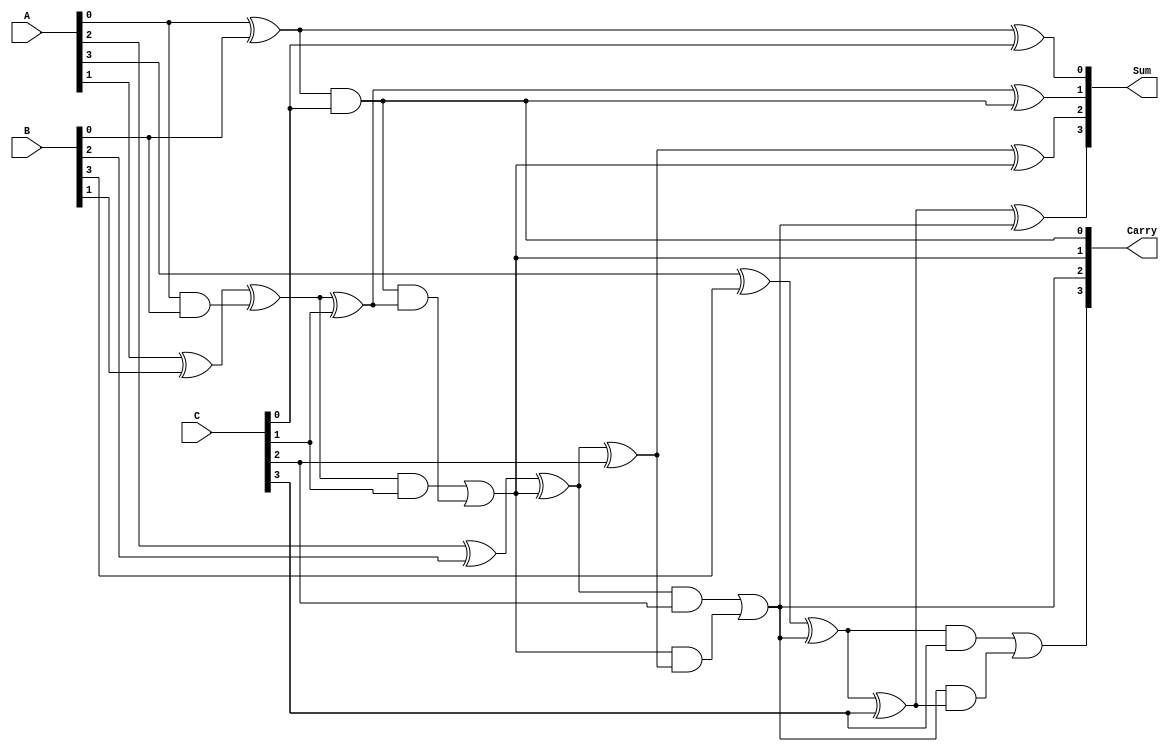
module MCSA (
    input [3:0] A,  // 4-bit input A
    input [3:0] B,  // 4-bit input B
    input [3:0] C,  // 4-bit input C
    output [3:0] Sum, // 4-bit Sum output
    output [3:0] Carry // 4-bit Carry output
);

    wire [3:0] S1, S2; // Intermediate sums
    wire [3:0] C1, C2; // Intermediate carries

    // First stage: Half Adders and Full Adders
    // Sum and Carry from A and B
    assign S1[0] = A[0] ^ B[0];  // HA for the least significant bits
    assign C1[0] = A[0] & B[0];  // Carry from HA
    
    generate
        genvar i;
        for (i = 1; i < 4; i = i + 1) begin : Full_Adders
            wire carry_in = (i == 1) ? C1[0] : C2[i-1];
            assign S1[i] = A[i] ^ B[i] ^ carry_in;  // Full Adder: S = A ^ B ^ Cin
            assign C1[i] = (A[i] & B[i]) | (carry_in & (A[i] ^ B[i])); // Carry-out from FA
        end
    endgenerate

    // Second stage: Add the partial sum S1 with C
    assign S2[0] = S1[0] ^ C[0]; // Sum with input C
    assign C2[0] = S1[0] & C[0]; // Carry from the first bit

    generate
        for (i = 1; i < 4; i = i + 1) begin : Full_Adders_Stage2
            wire carry_in = (i == 1) ? C2[0] : C2[i-1];
            assign S2[i] = S1[i] ^ C[i] ^ carry_in; // Final sum computation
            assign C2[i] = (S1[i] & C[i]) | (carry_in & (S1[i] ^ C[i])); // Final carry
        end
    endgenerate

    // Assign final outputs
    assign Sum = S2;  // Final sum output
    assign Carry = C2; // Final carry output

endmodule